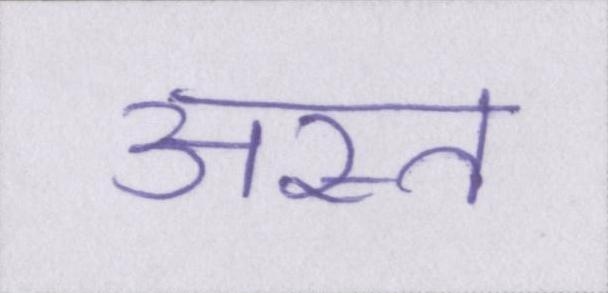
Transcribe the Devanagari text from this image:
अस्त